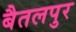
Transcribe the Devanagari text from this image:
बैतलपुर